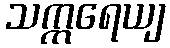
သက္ကရေယျ